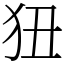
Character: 狃